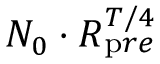
N _ { 0 } \cdot R _ { \mathrm p r e } ^ { T / 4 }